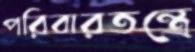
পরিবারতন্ত্রে